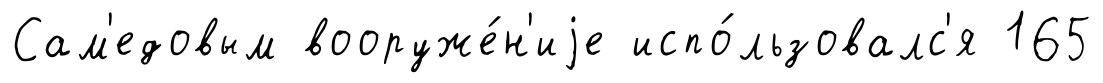
Сам'едовым вооруже́н'иjе испо́льзовалс'я 165